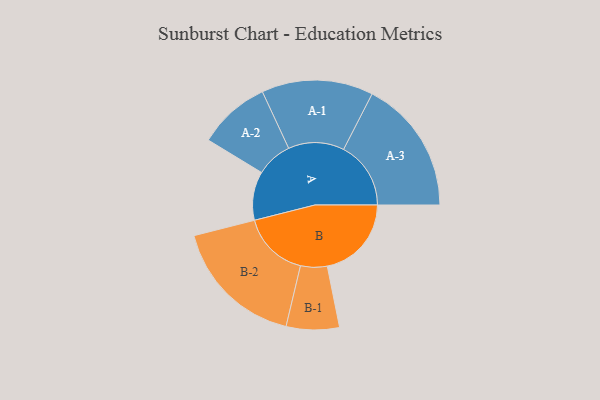
{"axis": {"x": "Segment", "y": "Value"}, "legend": ["", "A", "B"], "data": [{"x": "A", "y": 213, "type": ""}, {"x": "B", "y": 368, "type": ""}, {"x": "A-1", "y": 244, "type": "A"}, {"x": "A-2", "y": 158, "type": "A"}, {"x": "A-3", "y": 294, "type": "A"}, {"x": "B-1", "y": 116, "type": "B"}, {"x": "B-2", "y": 292, "type": "B"}]}